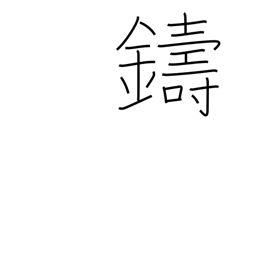
Meaning: cast